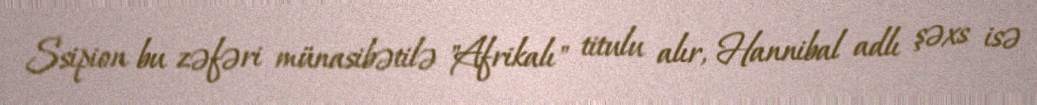
Ssipion bu zəfəri münasibətilə "Afrikalı" titulu alır, Hannibal adlı şəxs isə